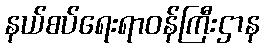
နယ်စပ်ရေးရာဝန်ကြီးဌာန